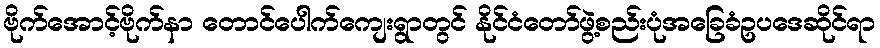
ဗိုက်အောင့်ဗိုက်နာ တောင်ပေါက်ကျေးရွာတွင် နိုင်ငံတော်ဖွဲ့စည်းပုံအခြေခံဥပဒေဆိုင်ရာ